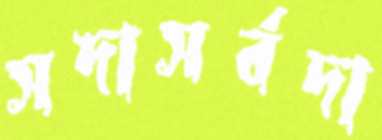
সদাসর্বদা